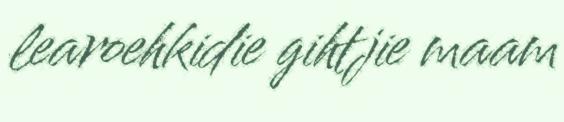
learoehkidie gihtjie maam